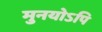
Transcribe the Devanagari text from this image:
मुनयोऽपि